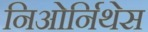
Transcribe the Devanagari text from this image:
निओर्निथेस